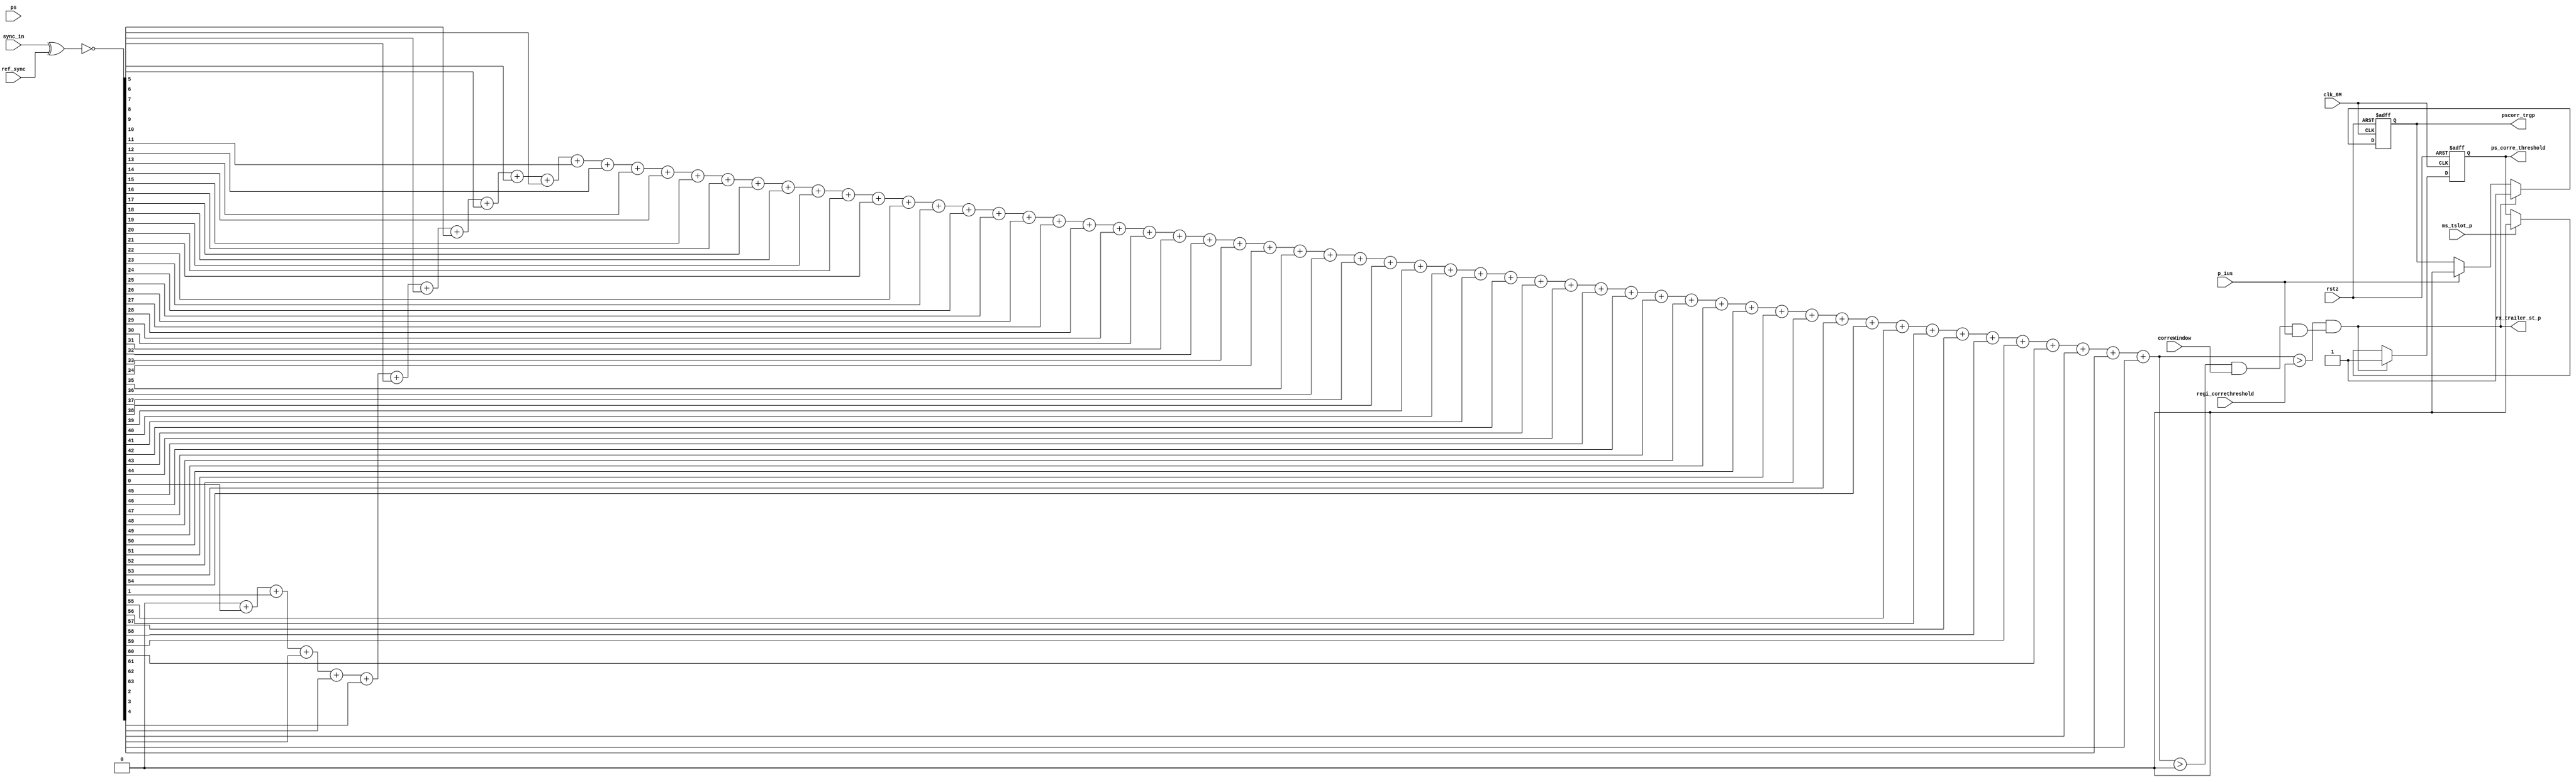
module correlator_conns(
clk_6M, rstz, p_1us,
ps, ms_tslot_p,
correWindow,
sync_in, ref_sync,
regi_correthreshold,
//
ps_corre_threshold,
pscorr_trgp,
rx_trailer_st_p

);

input clk_6M, rstz, p_1us;
input ps, ms_tslot_p;
input correWindow;
input [63:0] sync_in, ref_sync;
input [5:0] regi_correthreshold;
//
output ps_corre_threshold;
output pscorr_trgp;
output rx_trailer_st_p;

reg [2:0] counter_tslot;
wire corre_tslotdly_endp, corre_halftslotdly_endp;
wire corr_2tslotdly_endp, corr_3tslotdly_endp, corr_4tslotdly_endp;

wire [63:0] corrbits = ~(sync_in ^ ref_sync);

integer i;
reg [6:0] pscorres;
always @*
begin
  pscorres = 7'd0;
  for (i=0;i<64;i=i+1)
    begin
      pscorres = pscorres + corrbits[i];
    end
end

wire [6:0] pscorres_ff=7'd0;

reg ps_corre_threshold;
always @(posedge clk_6M or negedge rstz)
begin
  if (!rstz)
     ps_corre_threshold <= 0;
  else if ((pscorres > regi_correthreshold) && (pscorres > pscorres_ff) & correWindow & p_1us)
     ps_corre_threshold <= 1'b1 ;
  else if (corre_tslotdly_endp)
     ps_corre_threshold <= 1'b0 ;
end

reg pscorr_trgp;
always @(posedge clk_6M or negedge rstz)
begin
  if (!rstz)
     pscorr_trgp <= 1'b0;
  else if ((pscorres > regi_correthreshold) && (pscorres > pscorres_ff) & correWindow & p_1us)
     pscorr_trgp <= 1'b1 ;
  else if (p_1us)
     pscorr_trgp <= 1'b0 ;
end

assign rx_trailer_st_p = (pscorres > regi_correthreshold) && (pscorres > pscorres_ff) & correWindow & p_1us ;


wire tslotdly_endp;
reg [9:0] counter_1us;
always @(posedge clk_6M or negedge rstz)
begin
  if (!rstz)
     counter_1us <= 0;
  else if (pscorr_trgp & p_1us)  
     counter_1us <= 10'h47;     //4(premable) + 64 (syncword) + some-delay-pipe
  else if (tslotdly_endp)  
     counter_1us <= 0;
  else if (p_1us)
     counter_1us <= counter_1us + 1'b1;
end
assign tslotdly_endp = (counter_1us == 10'd624) & p_1us;   
wire halftslotdly_endp = (counter_1us == 10'd302) & p_1us;   //312 - 10us


always @(posedge clk_6M or negedge rstz)
begin
  if (!rstz)
     counter_tslot <= 0;
  else if (pscorr_trgp & p_1us)
     counter_tslot <= 0;
  else if (tslotdly_endp)
     counter_tslot <= counter_tslot + 1'b1;
end

assign corr_4tslotdly_endp = tslotdly_endp && (counter_tslot==3'd3);   
assign corr_3tslotdly_endp = tslotdly_endp && (counter_tslot==3'd2);   
assign corr_2tslotdly_endp = tslotdly_endp && (counter_tslot==3'd1);   
assign corre_tslotdly_endp = ms_tslot_p ;   
assign corre_halftslotdly_endp = halftslotdly_endp ;   //312 - 10us

endmodule